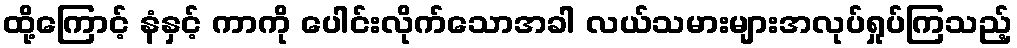
ထို့ကြောင့် နံနှင့် ကာကို ပေါင်းလိုက်သောအခါ လယ်သမားများအလုပ်ရှုပ်ကြသည့်